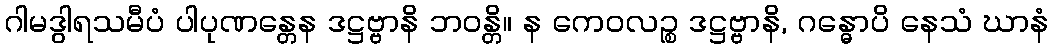
ဂါမဒွါရသမီပံ ပါပုဏန္တေန ဒဋ္ဌဗ္ဗာနိ ဘဝန္တိ။ န ကေဝလဉ္စ ဒဋ္ဌဗ္ဗာနိ, ဂန္ဓောပိ နေသံ ဃာနံ